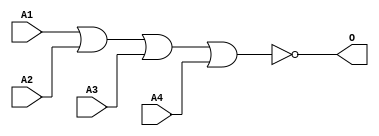
module MJNOR4E(A1, A2, A3, A4, O);
input   A1;
input   A2;
input   A3;
input   A4;
output  O;
nor g0(O, A1, A2, A3, A4);
endmodule